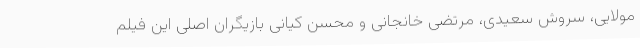
مولایی، سروش سعیدی، مرتضی خانجانی و محسن کیانی بازیگران اصلی این فیلم